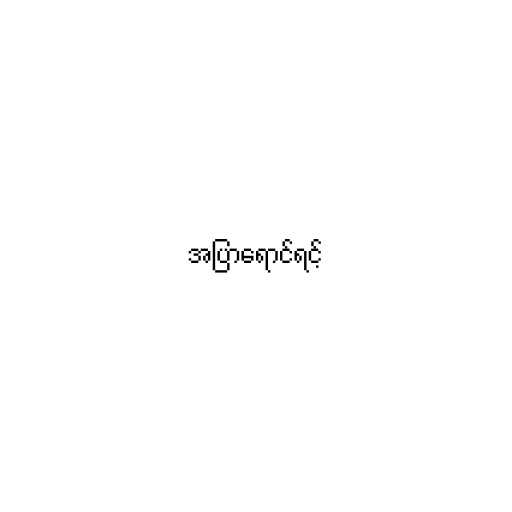
အပြာရောင်ရင့်